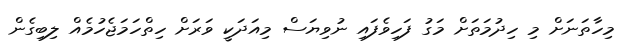
މިިހާތަނަށް މި ހިދުމަތަށް މަގު ފަހިވެފައި ނުވިޔަސް މިއަދަކީ ވަރަށް ހިތްހަމަޖެހުމެއް ލިބިގެން